65_HS1-834228961_62-HQ-83894_Serial_153
Agency: FBI
Page 3
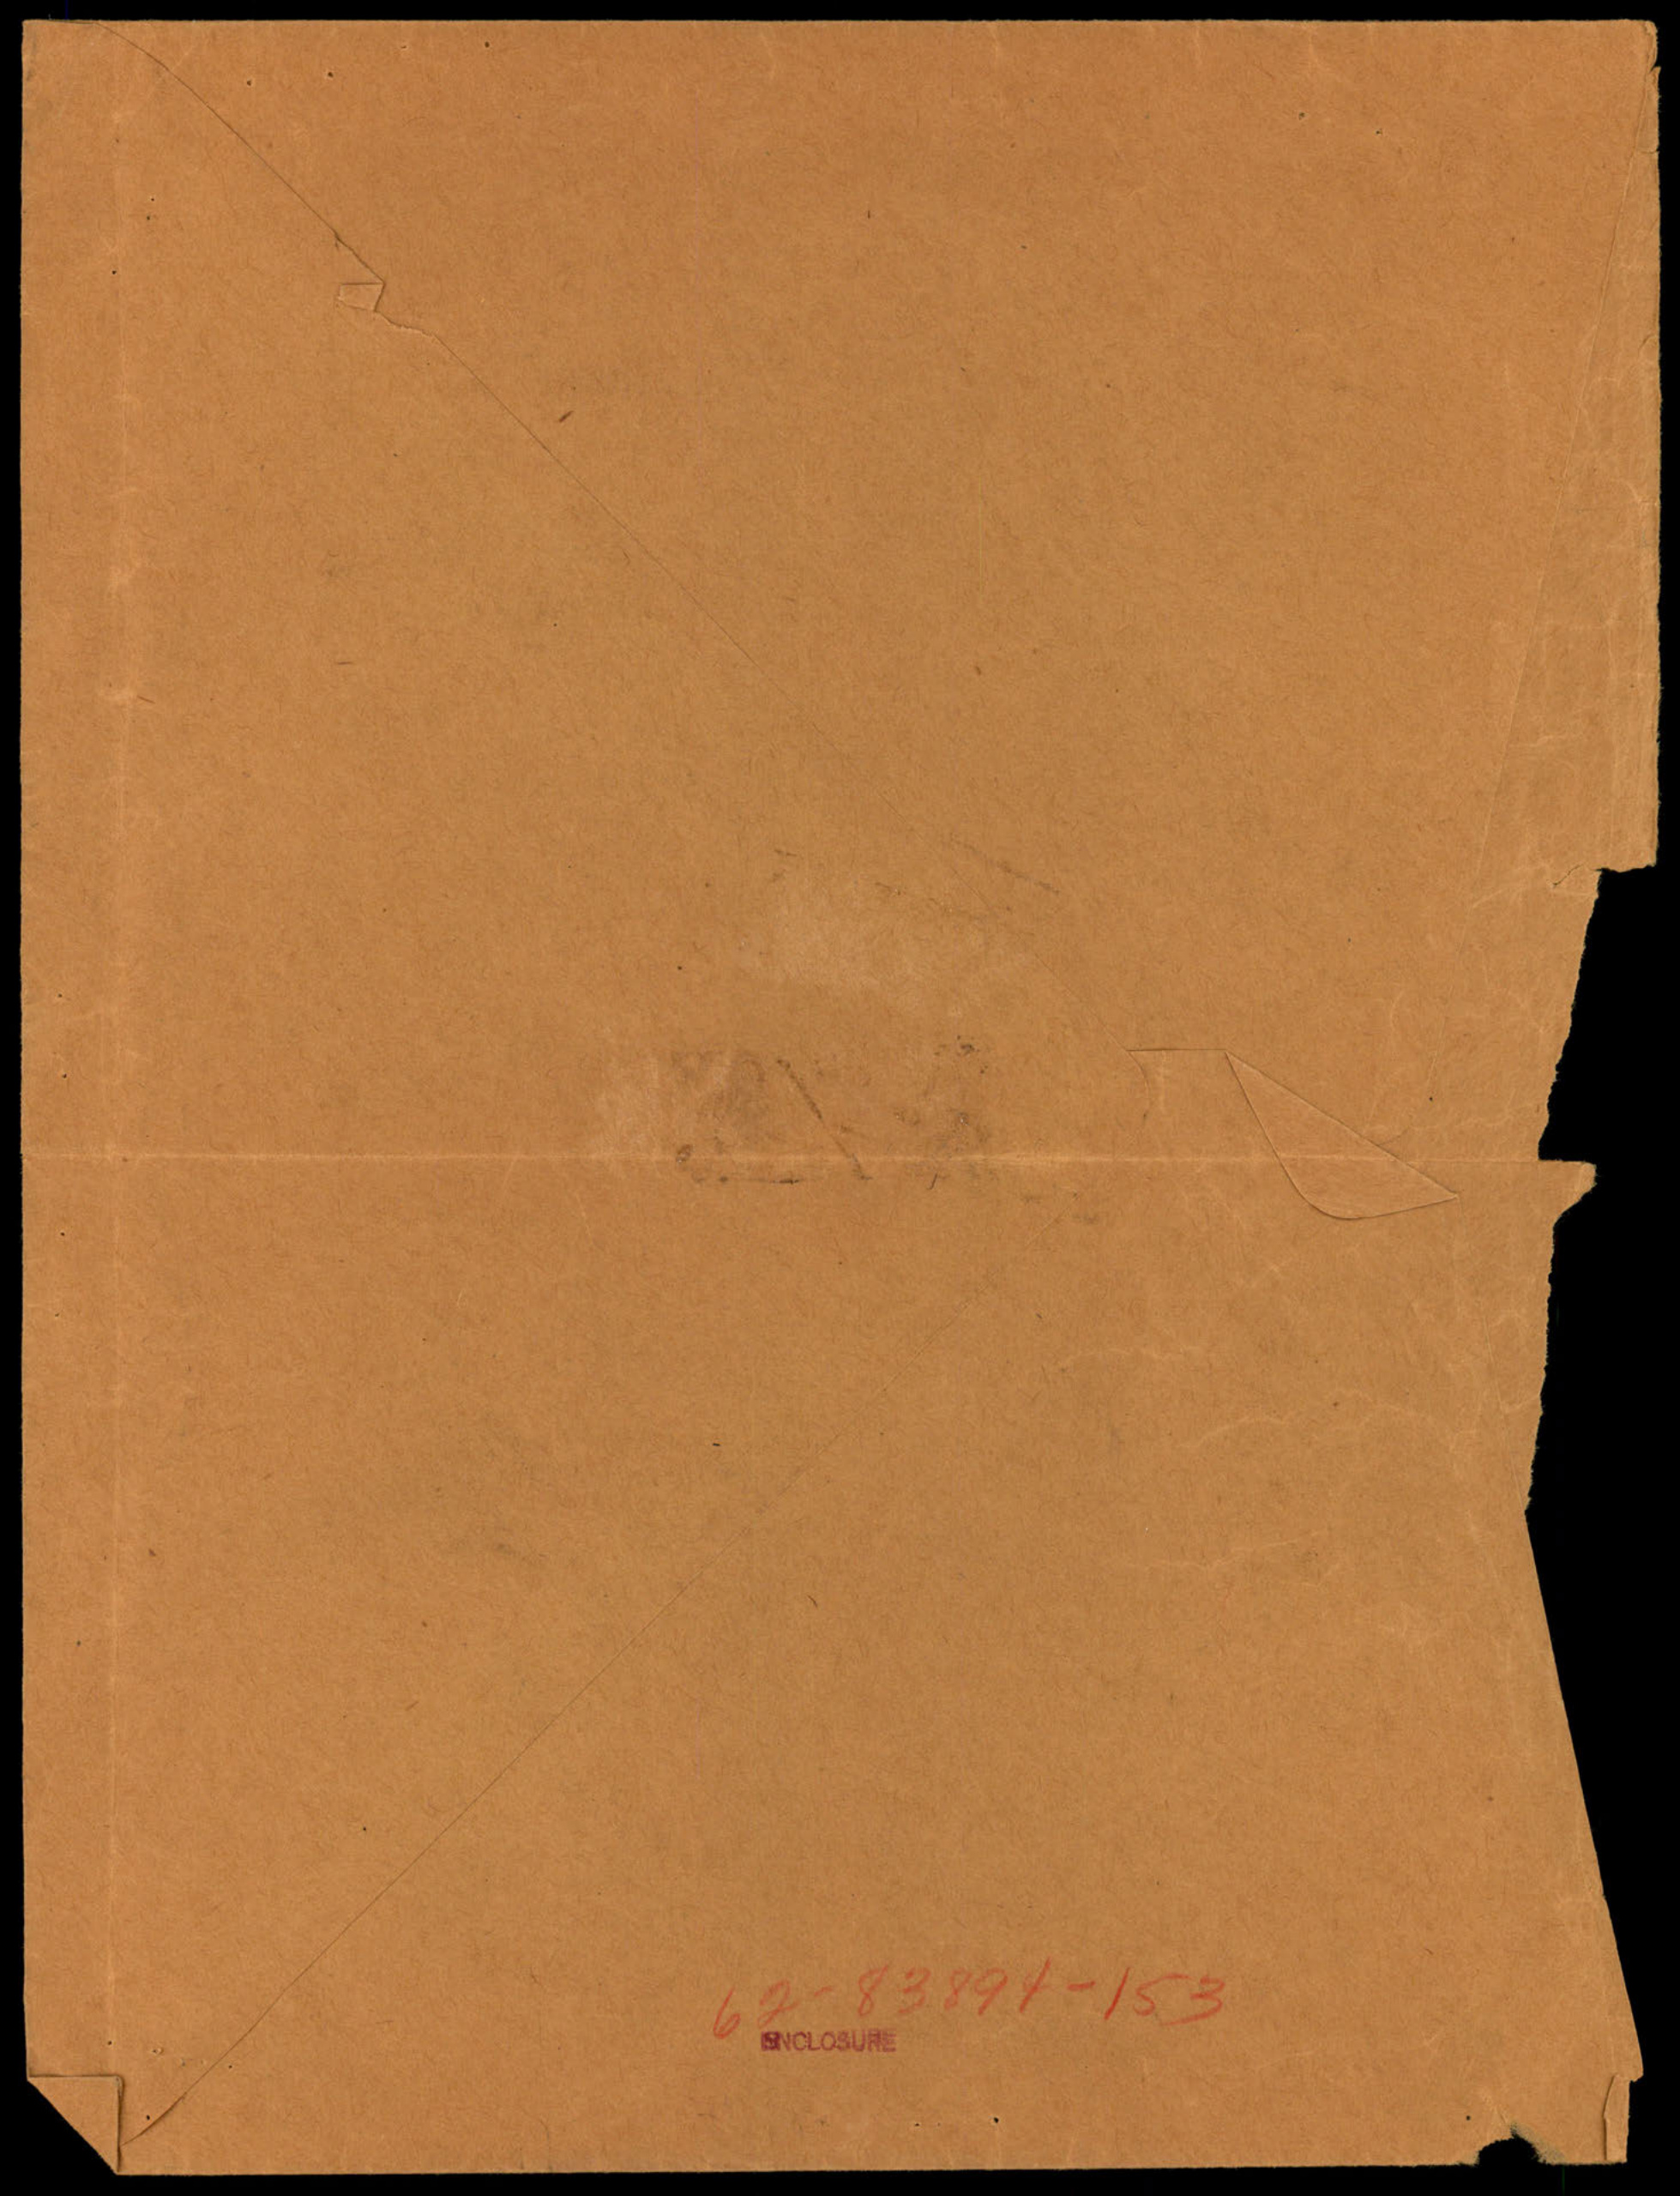